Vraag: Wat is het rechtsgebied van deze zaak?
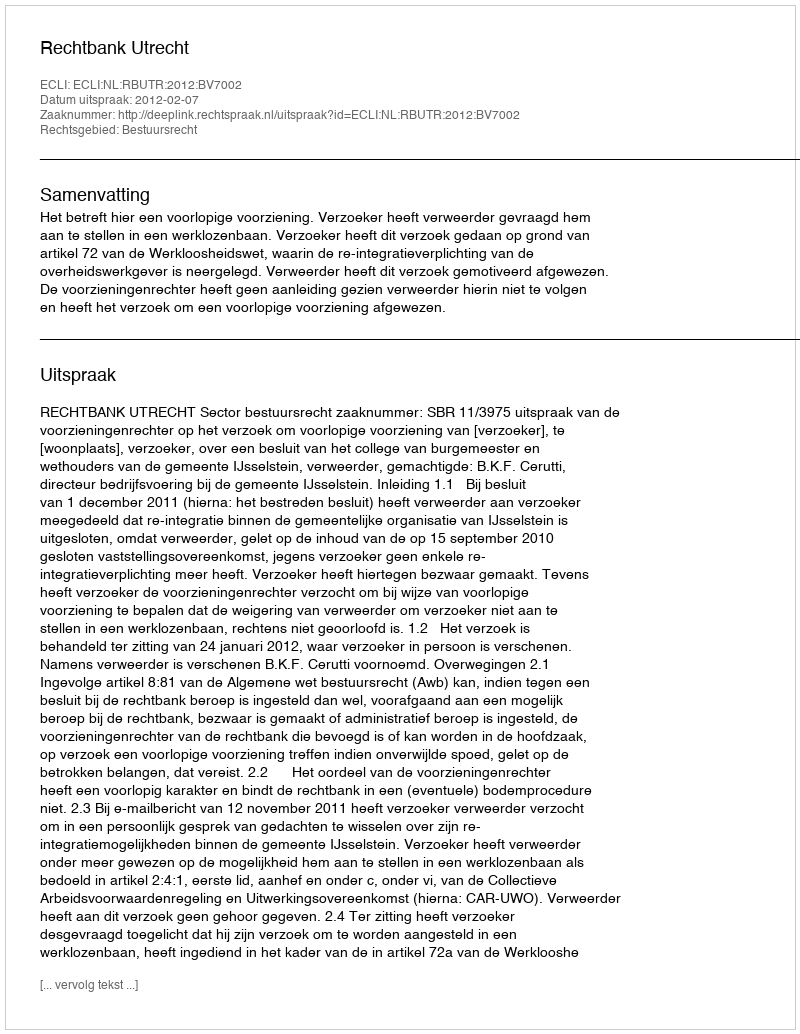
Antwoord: Bestuursrecht